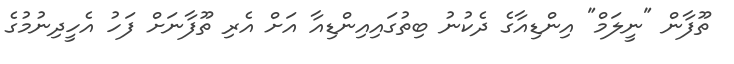
ތޫފާން "ނީލަމް" އިންޑިއާގެ ދެކުނު ބިތުގައިއިންޑިއާ އަށް އެރި ތޫފާނަށް ފަހު އެހީދިނުމުގެ